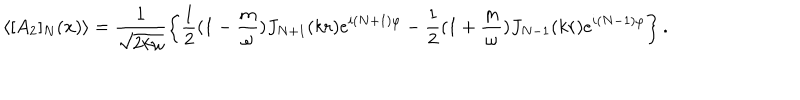
\langle [ A _ { 2 } ] _ { N } ( { \bf x } ) \rangle = \frac { 1 } { \sqrt { 2 k \omega } } \left\{ \frac { 1 } { 2 } ( 1 - \frac { m } { \omega } ) J _ { N + 1 } ( k r ) e ^ { i ( N + 1 ) \varphi } - \frac { 1 } { 2 } ( 1 + \frac { m } { \omega } ) J _ { N - 1 } ( k r ) e ^ { i ( N - 1 ) \varphi } \right\} .